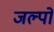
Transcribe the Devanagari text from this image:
जल्पो